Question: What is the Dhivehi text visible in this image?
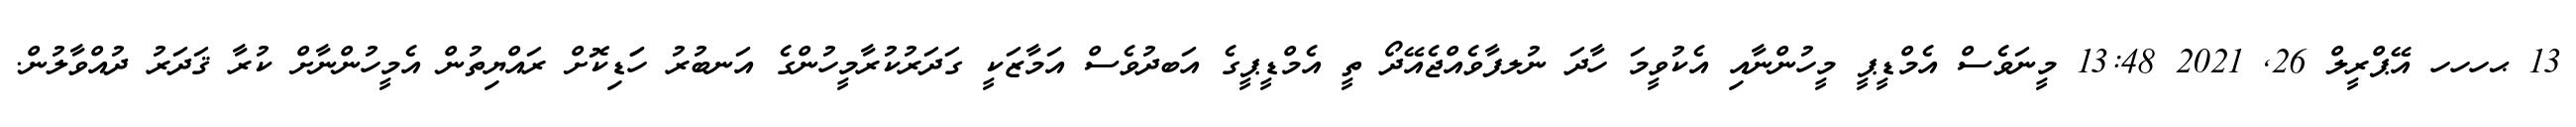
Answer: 13 ޙހހހ އޭޕްރީލް 26, 2021 13:48 މީނަވެސް އެމްޑީޕީ މީހުންނާއި އެކުވީމަ ހާދަ ނުލފާވެއްޖެއޭދޯ ތީ އެމްޑީޕީގެ އަބދުވެސް އަމާޒަކީ ގަދަރުކުރާމީހުންގެ އަނބުރު ހަަޑިކޮށް ރައްޔިތުން އެމީހުންނާށް ކުރާ ޤަދަރު ދުއްވާލުން.